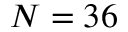
N = 3 6